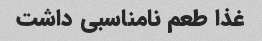
غذا طعم نامناسبی داشت